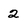
Character: 2